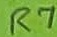
Text: R7